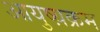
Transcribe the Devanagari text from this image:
आयुष्य़क्रम